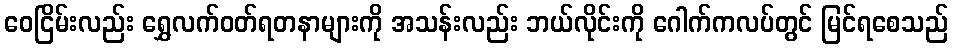
ဝေငြိမ်းလည်း ရွှေလက်ဝတ်ရတနာများကို အသန်းလည်း ဘယ်လိုင်းကို ဂေါက်ကလပ်တွင် မြင်ရစေသည်